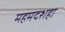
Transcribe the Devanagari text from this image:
महमदशहा